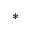
^ *